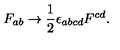
F _ { a b } \rightarrow { \frac { 1 } { 2 } } \epsilon _ { a b c d } F ^ { c d } .